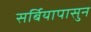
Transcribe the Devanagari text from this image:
सर्बियापासुन